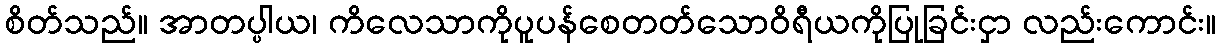
စိတ်သည်။ အာတပ္ပါယ၊ ကိလေသာကိုပူပန်စေတတ်သောဝိရီယကိုပြုခြင်းငှာ လည်းကောင်း။